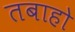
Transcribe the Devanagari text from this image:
तबाहो